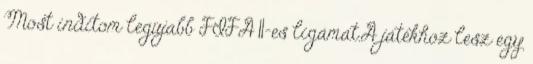
Most inditom legújabb FIFA 11-es ligámat.A játékhoz lesz egy